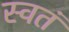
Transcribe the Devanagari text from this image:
स्वतं